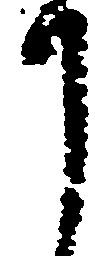
月